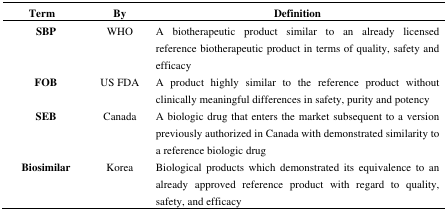
<table><thead><tr><td><b>Term</b></td><td><b>By</b></td><td><b>Definition</b></td></tr></thead><tbody><tr><td><b>SBP</b></td><td>WHO</td><td>A biotherapeutic product similar to an already licensed reference biotherapeutic product in terms of quality, safety and efficacy</td></tr><tr><td><b>FOB</b></td><td>US FDA</td><td>A product highly similar to the reference product without clinically meaningful differences in safety, purity and potency</td></tr><tr><td><b>SEB</b></td><td>Canada</td><td>A biologic drug that enters the market subsequent to a version previously authorized in Canada with demonstrated similarity to a reference biologic drug</td></tr><tr><td><b>Biosimilar</b></td><td>Korea</td><td>Biological products which demonstrated its equivalence to an already approved reference product with regard to quality, safety, and efficacy</td></tr></tbody></table>